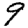
Digit: 9